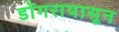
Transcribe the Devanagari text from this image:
डोंगरापासून